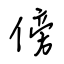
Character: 傍